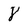
Character: 8